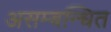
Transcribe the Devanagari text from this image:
असम्बन्धित